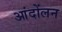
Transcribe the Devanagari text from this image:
आंदोंलन